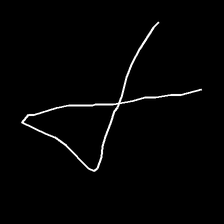
Glyph: collection